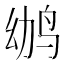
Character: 𱉢